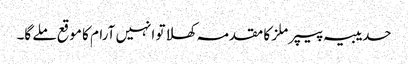
حدیبیہ پیپر ملز کا مقدمہ کھلا تو انہیں آرام کا موقع ملے گا۔